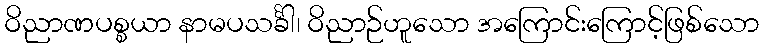
ဝိညာဏပစ္စယာ နာမပသင်္ခါ၊ ဝိညာဉ်ဟူသော အကြောင်းကြောင့်ဖြစ်သော